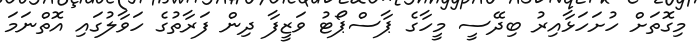
މިގޮތަށް ހުށަހަޅާއިރު ބިދޭސީ މީހާގެ ޕާސްޕޯޓު ވަޒީފާ ދިން ފަރާތުގެ ހަވާލުގައި އޮތްނަމަ